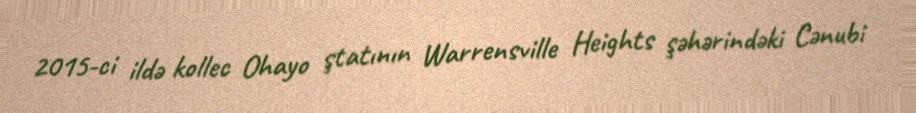
2015-ci ildə kollec Ohayo ştatının Warrensville Heights şəhərindəki Cənubi